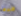
اخبرها